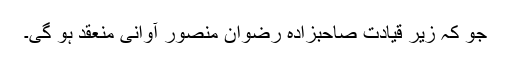
جو کہ زیر قیادت صاحبزادہ رضوان منصور آوانی منعقد ہو گی۔